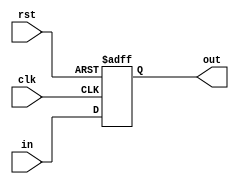
module D_FlipFlop32(clk,rst,in,out);
input clk,rst;
input[31:0]in;
output reg [31:0]out;

always @(posedge clk or negedge rst)
if(!rst)
	out<=0;
else
	out<=in;
	
	
endmodule